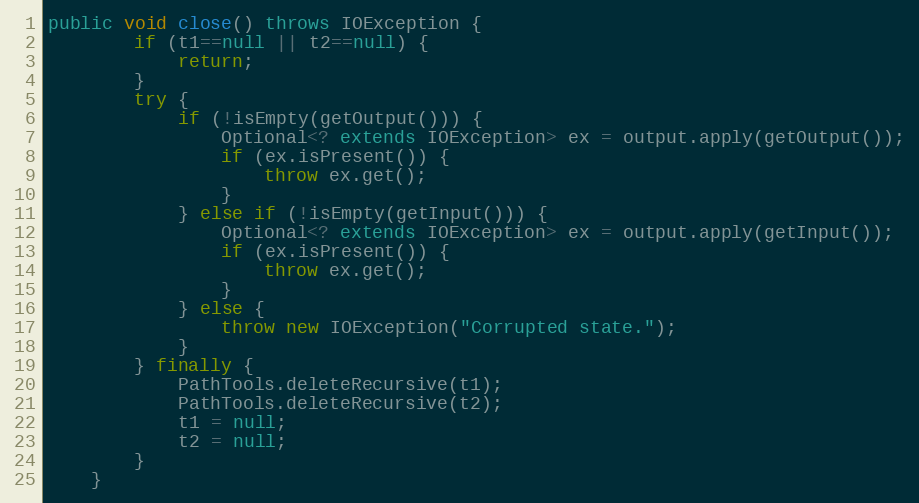
Language: Java
public void close() throws IOException {
		if (t1==null || t2==null) {
			return;
		}
		try {
			if (!isEmpty(getOutput())) {
				Optional<? extends IOException> ex = output.apply(getOutput());
				if (ex.isPresent()) {
					throw ex.get();
				}
			} else if (!isEmpty(getInput())) {
				Optional<? extends IOException> ex = output.apply(getInput());
				if (ex.isPresent()) {
					throw ex.get();
				}
			} else {
				throw new IOException("Corrupted state.");
			}
		} finally {
			PathTools.deleteRecursive(t1);
			PathTools.deleteRecursive(t2);
			t1 = null;
			t2 = null;
		}
	}